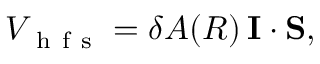
\begin{array} { r } { V _ { \mathrm { ~ h ~ f ~ s ~ } } = \delta A ( R ) \, { \bf I } \cdot { \bf S } , } \end{array}